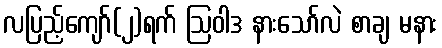
လပြည့်ကျော်(၂)ရက် ဩဝါဒ နားသော်လဲ စာချ မနား